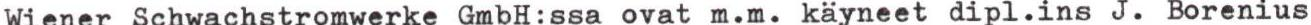
Wiener Schwachstromwerke GmbH:ssa ovat m.m. käyneet dipl.ins J. Borenius